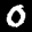
Label: 0